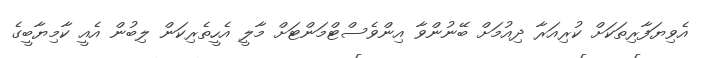
އެވިޔަފާރިތަކަށް ކުރިއަރާ ދިއުމަށް ބޭނުންވާ އިންވެސްޓްމަންޓަށް މާލީ އެހީތެރިކަން ލިބުން އެއީ ކާމިޔާބީގެ